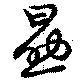
勗